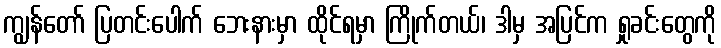
ကျွန်တော် ပြတင်းပေါက် ဘေးနားမှာ ထိုင်ရမှာ ကြိုက်တယ်၊ ဒါမှ အပြင်က ရှုခင်းတွေကို